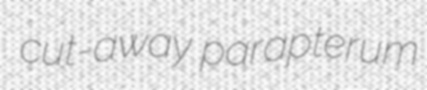
cut-away parapterum